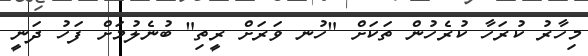
މިހާރު ކުރަހާ ކުރެހުން ތަކަށް "ހުނ ވަރަށް ރީތި" ބުނެލުމަށް ފަހު ދަނީ